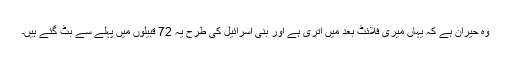
وہ حیران ہے کہ یہاں میری فلائٹ بعد میں اتری ہے اور بنی اسرائیل کی طرح یہ 72 قبیلوں میں پہلے سے بٹ گئے ہیں۔